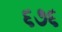
૬૭૬